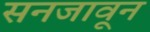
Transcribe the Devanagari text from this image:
सनजावून